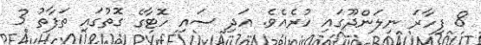
8 ފިހާރަ ނިލަންދޫގައި ހުރެއެވެ. އަދި ސައި ހޮޓާގެ ގޮތުގައި ތަފާތު 3